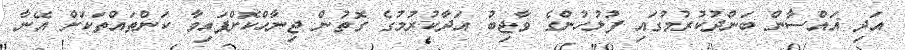
އަދި ޣައްސާން ބަންދުކުރުމުގައި ފުލުހުންގެ ވާޖިބު އަދާކުރުމުގެ ގޮތުން ޖިނާހްކޮށްފައިވާ ކަންތައްތަކަށް އޭނާ